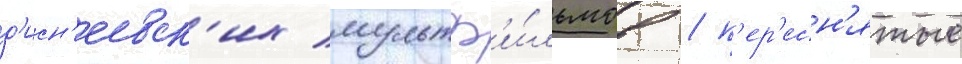
д'исн'еевск'их мультф'и́льмов / п'ер'есн'ятые